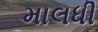
માલધી